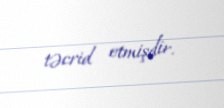
təcrid etmişdir.